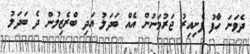
ދެވަނަ ހާފު ފެށިއިރު ޖަރުމަނުން އެއް ބަދަލު އަދި ބްރެޒިލުން ދެ ބަދަލު